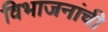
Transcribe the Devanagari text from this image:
विभाजनांची